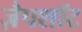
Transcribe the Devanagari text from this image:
ज़ैपशॉट